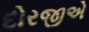
દોરજીએ